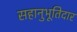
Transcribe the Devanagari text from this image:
सहानुभूतिदार